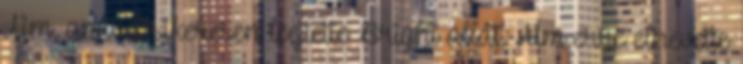
Aim, amivel sikeresen leejtette Bright állát. Aim erre elnevette